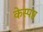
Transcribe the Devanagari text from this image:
केस्पष्ट